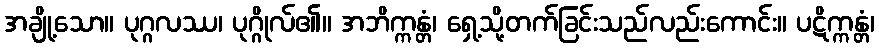
အချို့သော။ ပုဂ္ဂလဿ၊ ပုဂ္ဂိုလ်၏။ အဘိက္ကန္တံ၊ ရှေ့သို့တက်ခြင်းသည်လည်းကောင်း။ ပဋိက္ကန္တံ၊